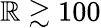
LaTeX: \mathbb{R}\gtrsim100